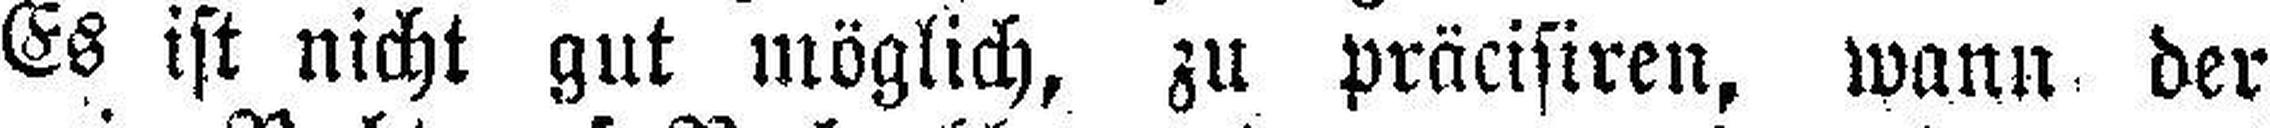
Es ist nicht gut möglich, zu präcisiren, wann der